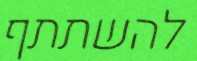
להשתתף